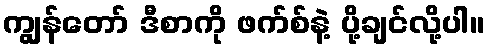
ကျွန်တော် ဒီစာကို ဖက်စ်နဲ့ ပို့ချင်လို့ပါ။